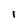
Character: 1